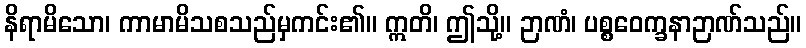
နိရာမိသော၊ ကာမာမိသစသည်မှကင်း၏။ ဣတိ၊ ဤသို့။ ဉာဏံ၊ ပစ္စဝေက္ခနာဉာဏ်သည်။